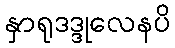
နှာရုဒဒ္ဒုလေနပိ